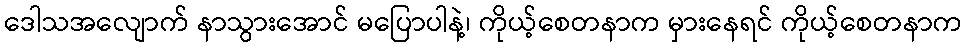
ဒေါသအလျောက် နာသွားအောင် မပြောပါနဲ့၊ ကိုယ့်စေတနာက မှားနေရင် ကိုယ့်စေတနာက